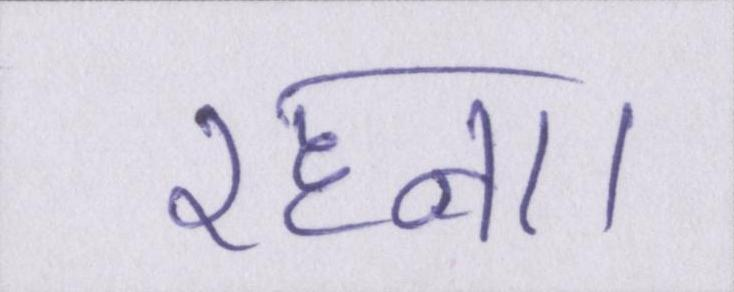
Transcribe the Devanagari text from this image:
रहना।